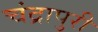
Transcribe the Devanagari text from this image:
चंद्रापुरी